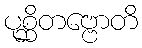
ပုစ္ဆိတဗ္ဗောတိ